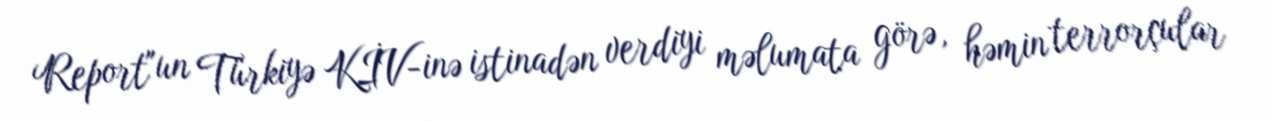
Report"un Türkiyə KİV-inə istinadən verdiyi məlumata görə, həmin terrorçular